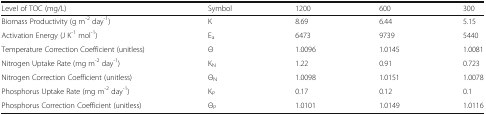
<table><thead><tr><td><b>Level of TOC (mg/L)</b></td><td><b>Symbol</b></td><td><b>1200</b></td><td><b>600</b></td><td><b>300</b></td></tr></thead><tbody><tr><td>Biomass Productivity (g m<sup>-2</sup> day<sup>-1</sup>)</td><td>K</td><td>8.69</td><td>6.44</td><td>5.15</td></tr><tr><td>Activation Energy (J K<sup>-1</sup> mol<sup>-1</sup>)</td><td>E<sub>a</sub></td><td>6473</td><td>9739</td><td>5440</td></tr><tr><td>Temperature Correction Coefficient (unitless)</td><td>Θ</td><td>1.0096</td><td>1.0145</td><td>1.0081</td></tr><tr><td>Nitrogen Uptake Rate (mg m<sup>-2</sup> day<sup>-1</sup>)</td><td>K<sub>N</sub></td><td>1.22</td><td>0.91</td><td>0.723</td></tr><tr><td>Nitrogen Correction Coefficient (unitless)</td><td>Θ<sub>N</sub></td><td>1.0098</td><td>1.0151</td><td>1.0078</td></tr><tr><td>Phosphorus Uptake Rate (mg m<sup>-2</sup> day<sup>-1</sup>)</td><td>K<sub>P</sub></td><td>0.17</td><td>0.12</td><td>0.1</td></tr><tr><td>Phosphorus Correction Coefficient (unitless)</td><td>Θ<sub>P</sub></td><td>1.0101</td><td>1.0149</td><td>1.0116</td></tr></tbody></table>